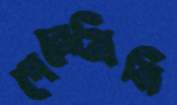
পেলেগ্রিনি